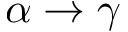
\alpha \to \gamma